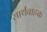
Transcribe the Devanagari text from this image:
सार्थवाहक